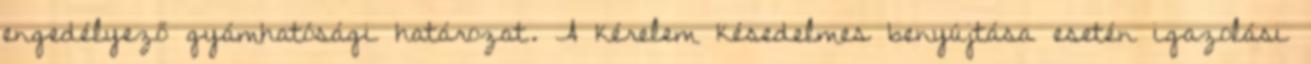
engedélyező gyámhatósági határozat. A kérelem késedelmes benyújtása esetén igazolási